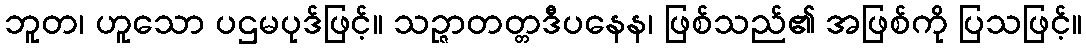
ဘူတ၊ ဟူသော ပဌမပုဒ်ဖြင့်။ သဉ္ဇာတတ္တဒီပနေန၊ ဖြစ်သည်၏ အဖြစ်ကို ပြသဖြင့်။